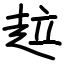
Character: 趇